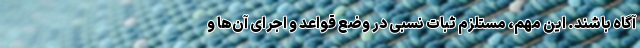
آگاه باشند. این مهم، مستلزم ثبات نسبی در وضع قواعد و اجرای آن‌ها و